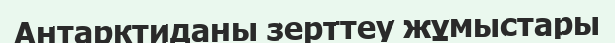
Антарктиданы зерттеу жұмыстары